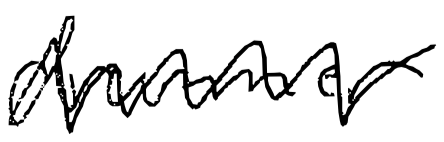
Text: drummer
Cross-out: zig-zag
Writing tool: digital_black